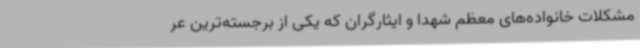
مشکلات خانواده‌های معظم شهدا و ایثارگران که یکی از برجسته‌ترین عر